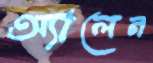
অ্যালেন